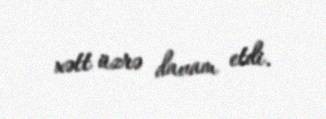
xətt üzrə davam etdi.